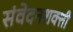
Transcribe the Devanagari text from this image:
संवेदनशक्ती